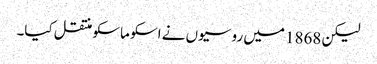
لیکن 1868 میں روسیوں نے اسکو ماسکو منتقل کیا۔